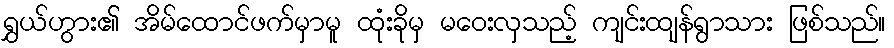
ရွှယ်ဟွား၏ အိမ်ထောင်ဖက်မှာမူ ထုံးခိုမှ မဝေးလှသည့် ကျင်းထျန်ရွာသား ဖြစ်သည်။